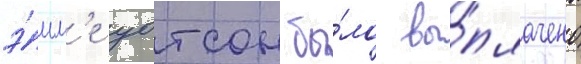
э́мм'е уотсон бы́ло вы́плачено